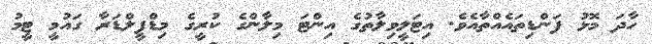
ހާދަ މޮޅު ފަންޑިތައެއްތާއެވެ. އިޓަލީވިލާތުގެ އިންޓަ މިލާންގެ ކުރީގެ މިޑްފީލްޑަރާ ގައުމީ ޓީމު